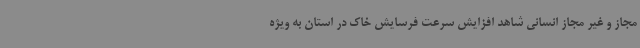
مجاز و غیر مجاز انسانی شاهد افزایش سرعت فرسایش خاک در استان به ویژه